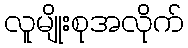
လူမျိုးစုအလိုက်